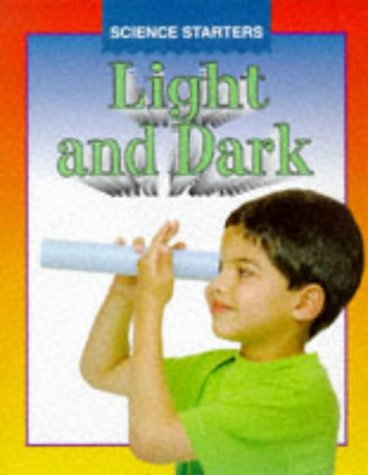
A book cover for Light and Dark (Science Starters); Wendy Madgwick; Children's Books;